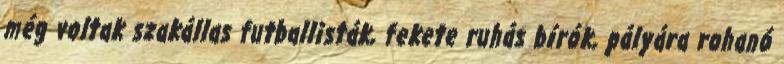
még voltak szakállas futballisták, fekete ruhás bírók, pályára rohanó